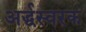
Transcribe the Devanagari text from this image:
अर्द्धस्वरक